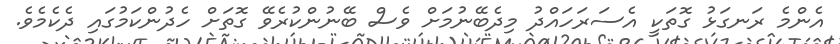
އެންމެ ރަނގަޅު ގޮތަކީ އެސަރަހައްދު މިދެބޭނުމަށް ވެސް ބޭނުންކުރެވޭ ގޮތަށް ހެދުންކަމުގައި ދެކެމެވެ.